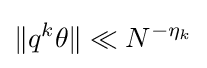
\|q^{k}\theta \|\ll N^{-\eta _{k}}